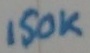
Text: 150K